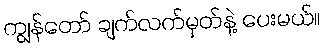
ကျွန်တော် ချက်လက်မှတ်နဲ့ ပေးမယ်။